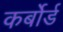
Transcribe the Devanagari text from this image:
कर्बोर्ड